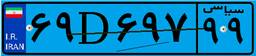
۰۲D۸۷۵۸۶